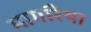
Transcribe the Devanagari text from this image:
मार्गारेथा